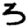
Digit: 3